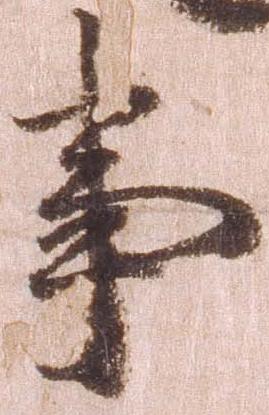
事